Scottish Certificate of Education, 1963
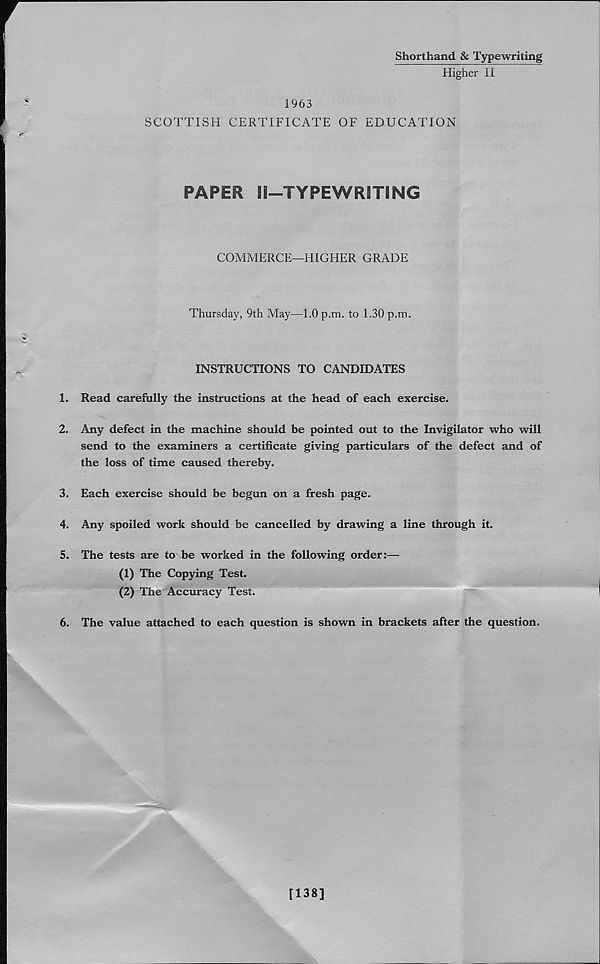
Shorthand & Typewriting
Higher II
1963
SCOTTISH CERTIFICATE OF EDUCATION
PAPER II—TYPEWRITING
COMMERCE—HIGHER GRADE
Thursday, 9th May—1.0 p.m. to 1.30 p.m.
INSTRUCTIONS TO CANDIDATES
1. Read carefully the instructions at the head of each exercise.
2. Any defect in the machine should be pointed out to the Invigilator who will
send to the examiners a certificate giving particulars of the defect and of
the loss of time caused thereby.
3. Each exercise should be begun on a fresh page.
4. Any spoiled work should be cancelled by drawing a line through it.
5. The tests are to be worked in the following order:—
(1) The Copying Test.
(2) The Accuracy Test.
6. The value attached to each question is shown in brackets after the question.
[138]